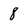
Character: 8